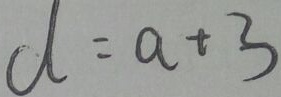
d = a + 3